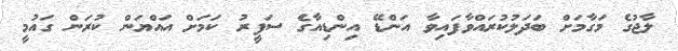
ލާޖުގެ މަގާމަށް ބަދަލުކުރައްވާފައިވާ އަންޑޭ އިންޑިއާގެ ސަފީރު ކަމަށް އައްޔަން ކުރަން ގައުމީ